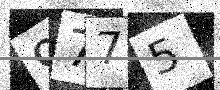
Text: 9775